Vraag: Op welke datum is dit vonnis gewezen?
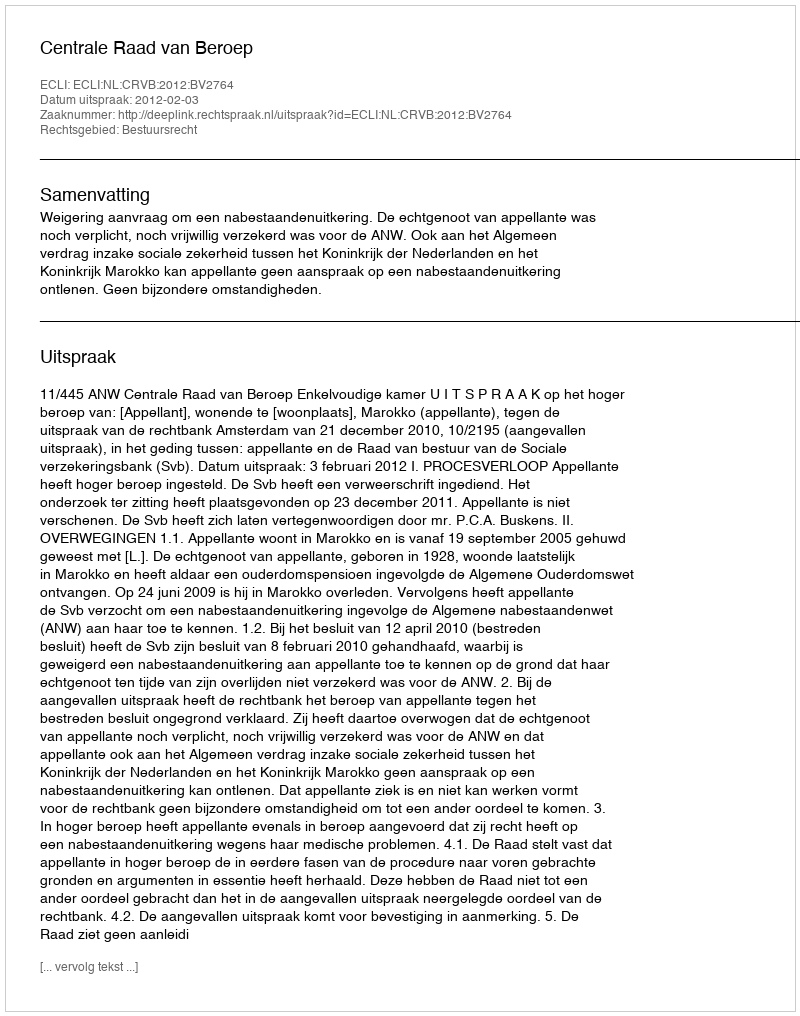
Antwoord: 2012-02-03